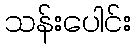
သန်းပေါင်း